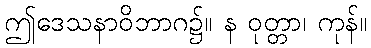
ဤဒေသနာဝိဘာဂ၌။ န ဝုတ္တာ၊ ကုန်။